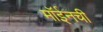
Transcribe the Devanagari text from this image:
मॉईनची